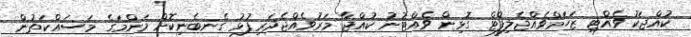
ކުއްޖަކު ވެއްޓި ޒަހަމްވެއްޖެލިފްޓް ގޮޅިން ވެއްޓުނު ކުއްޖާ މަރުވެއްޖެދަރިފުޅު ގެނބެނިކޮށް މަންމަގެ މަސައްކަތުން